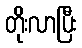
တိုးလာပြီး